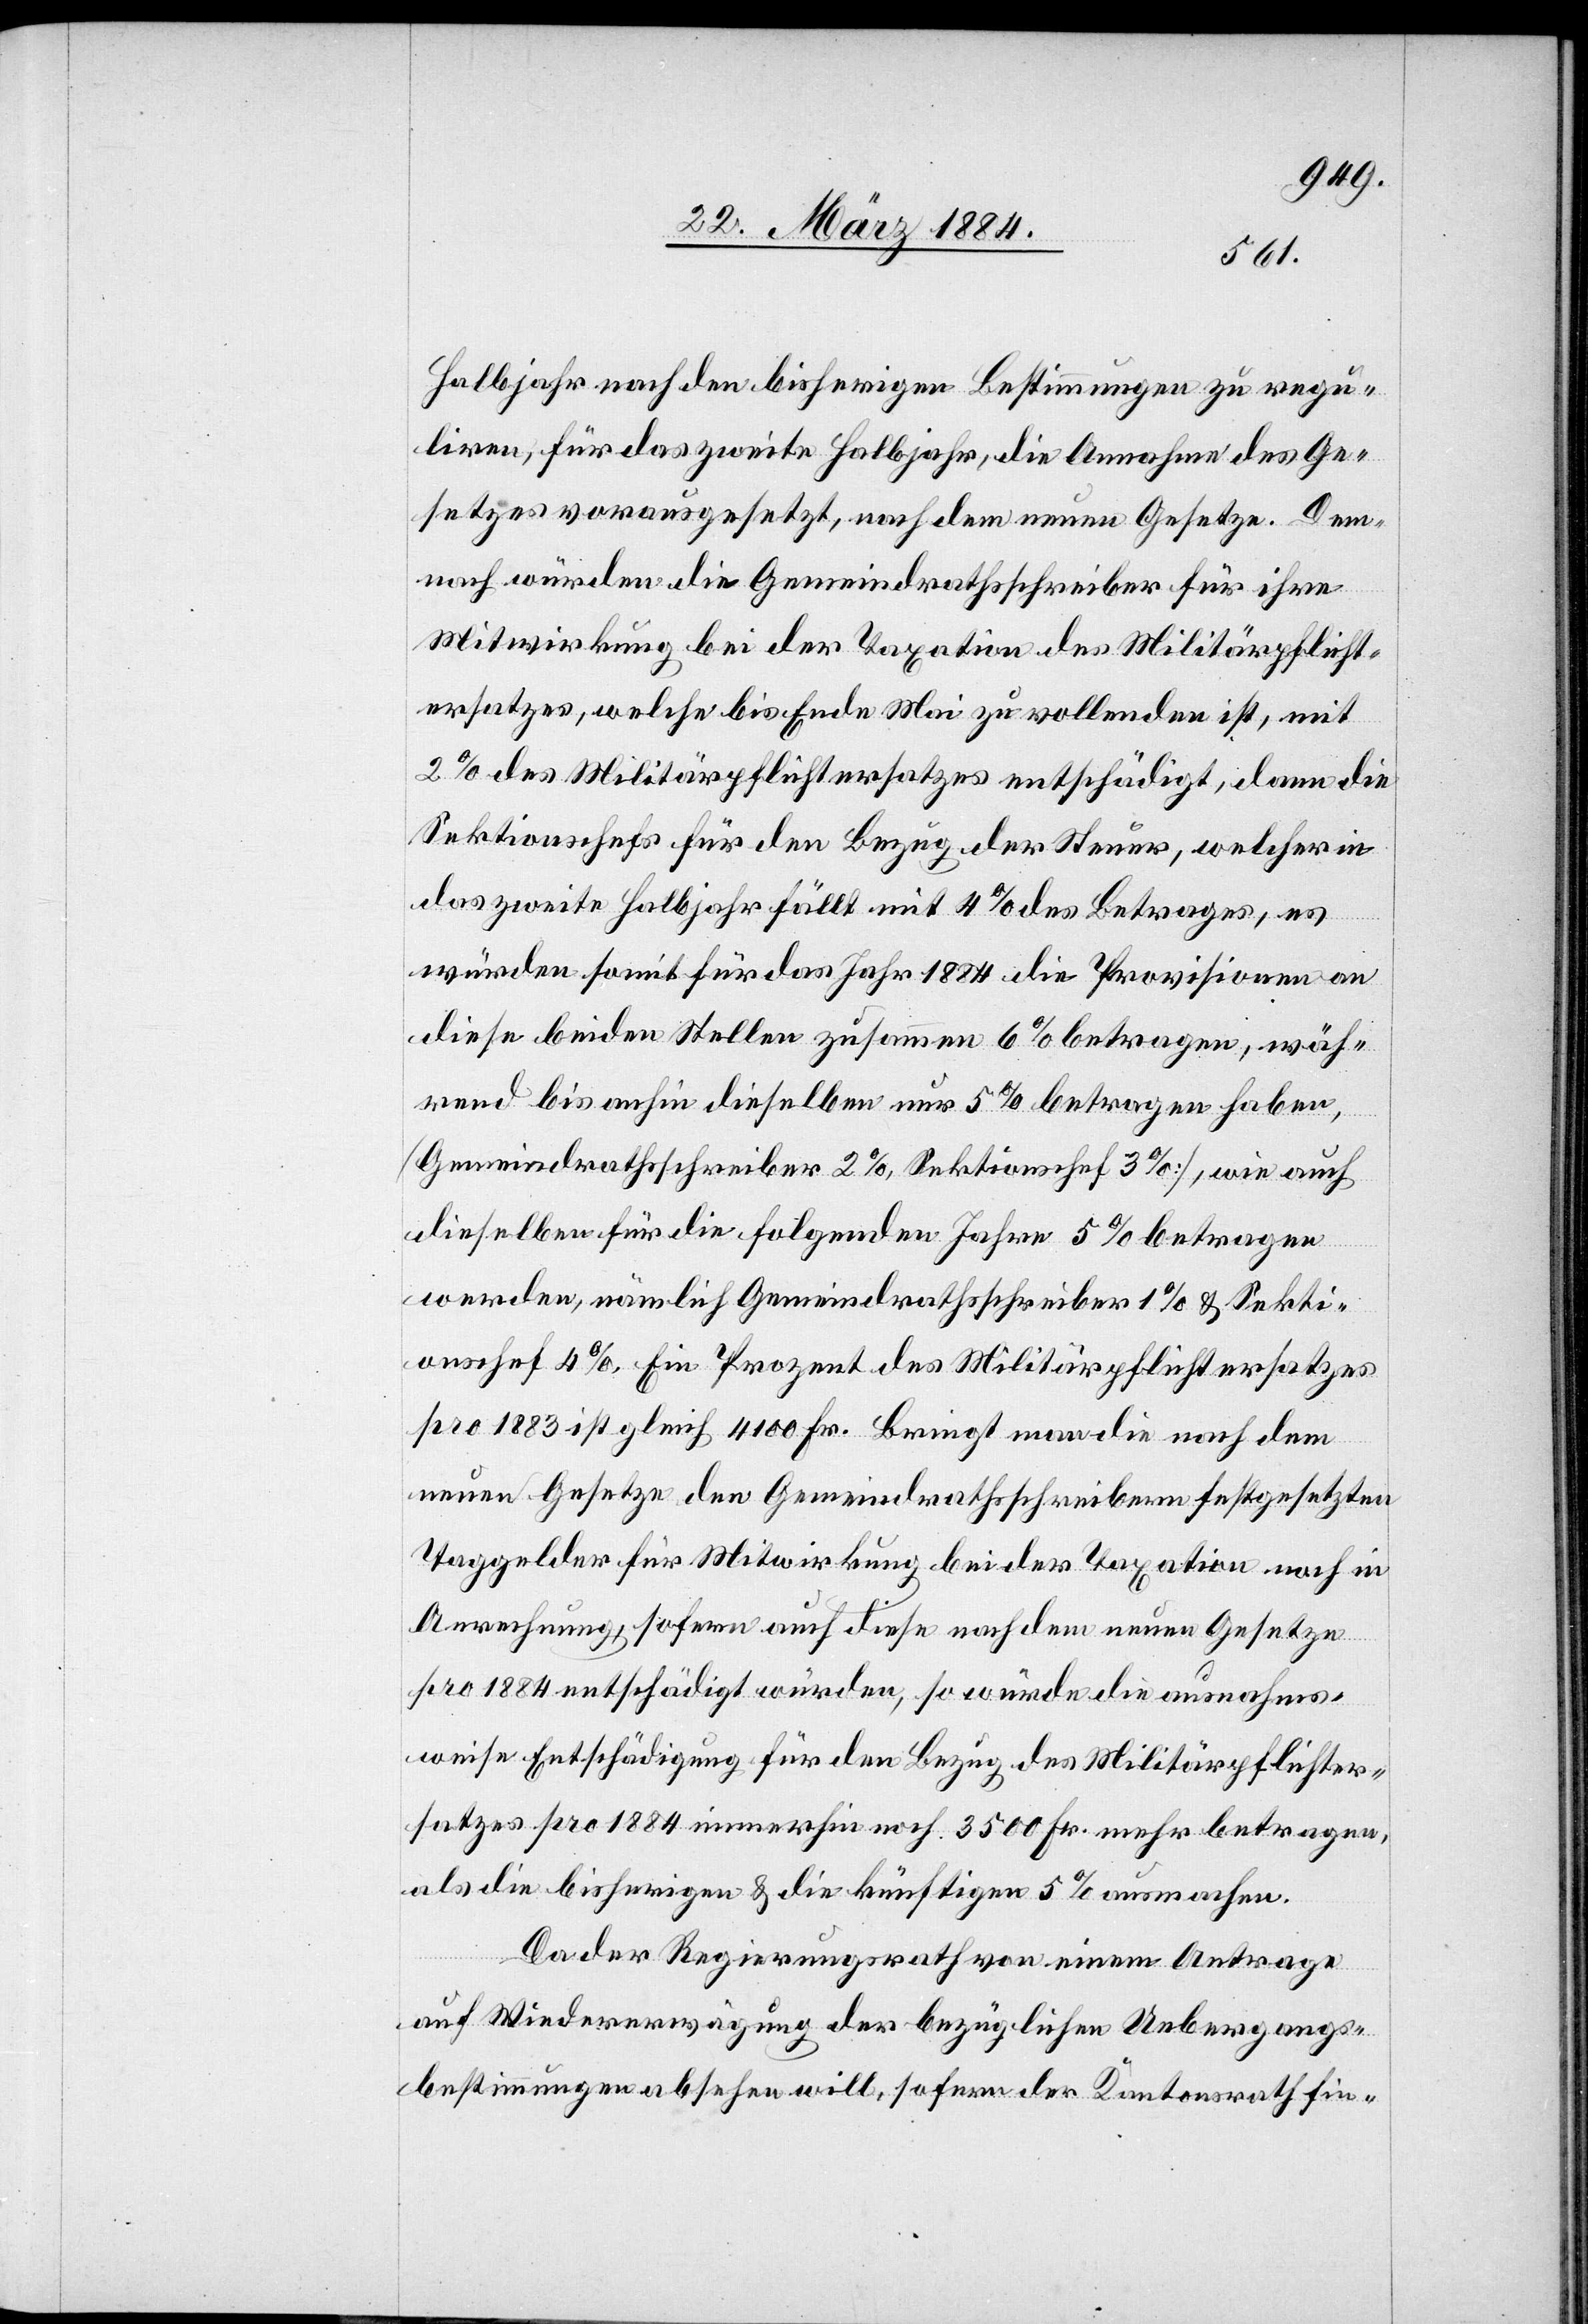
Halbjahr nach den bisherigen Bestimmungen zu regu¬
liren, für das zweite Halbjahr, die Annahme des Ge¬
setzes vorausgesetzt, nach dem neuen Gesetze. Dem¬
nach würden die Gemeindrathsschreiber für ihre
Mitwirkung bei der Taxation des Militärpflicht¬
ersatzes, welche bis Ende Mai zu vollenden ist, mit
2% des Militärpflichtersatzes entschädigt, dann die
Sektionschef für den Bezug der Steuer, welcher in
das zweite Halbjahr fällt mit 4% des Betrages, es
würden somit für das Jahr 1884 die Provisionen an
diese beiden Stellen zusammen 6% betragen, wäh¬
rend bis anhin dieselben nur 5% betragen haben
(Gemeindrathsschreiber 2%, Sektionschef 3%), wie auch
dieselben für die folgenden Jahre 5% betragen
werden, nämlich Gemeindrathsschreiber 1% & Sekti¬
onschef 4%. Ein Prozent des Militärpflichtersatzes
pro 1883 ist gleich 4100 Fr. bringt man die nach dem
neuen Gesetze den Gemeindrathsschreibern festgesetzten
Taggelder für Mitwirkung bei der Taxation noch in
Anrechnung, sofern auch diese nach dem neuen Gesetze
pro 1884 entschädigt würden, so würde die ausnahms¬
weise Entschädigung für den Bezug des Militärpflichter¬
satzes pro 1884 immerhin noch 2500 Fr. mehr betragen,
als die bisherigen & die künftigen 5% ausmachen.
Da der Regierungsrath von einem Antrage
auf Wiedererwägung der bezüglichen Uebergangs¬
bestimmungen absehen will, sofern der Kantonsrath fin-